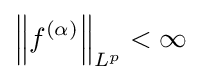
\left\|f^{(\alpha )}\right\|_{L^{p}}<\infty